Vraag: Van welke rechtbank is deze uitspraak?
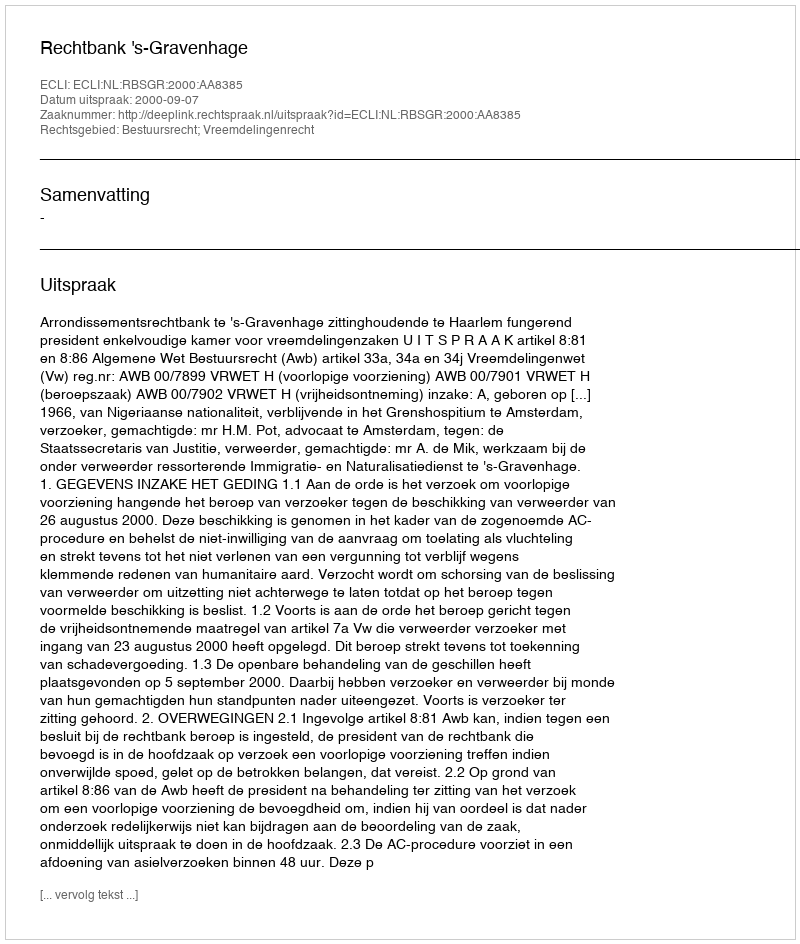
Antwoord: Rechtbank 's-Gravenhage